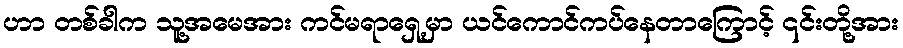
ဟာ တစ်ခါက သူ့အမေအား ကင်မရာရှေ့မှာ ယင်ကောင်ကပ်နေတာကြောင့် ၎င်းတို့အား